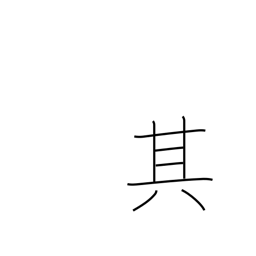
Meaning: that